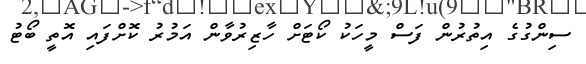
ސިންގުގެ އިތުރުން ފަސް މީހަކު ކޯޓަށް ހާޒިރުވާން އަމުރު ކޮށްފައި އޮތީ ބޯޓު